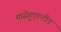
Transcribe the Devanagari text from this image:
मासेहुएल्टीन